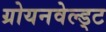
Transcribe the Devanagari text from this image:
ग्रोयनवेल्ड्ट